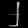
Digit: ၂